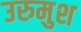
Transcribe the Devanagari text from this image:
उरुमुश